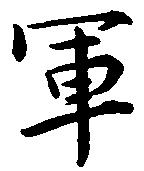
軍